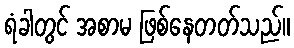
ရံခါတွင် အစာမ ဖြစ်နေတတ်သည်။